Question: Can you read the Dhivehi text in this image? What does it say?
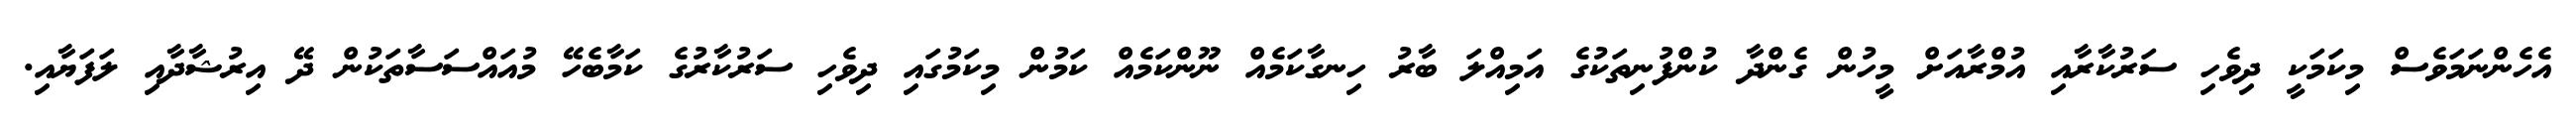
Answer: އެހެންނަމަވެސް މިކަމަކީ ދިވެހި ސަރުކާރާއި އުމްރާއަށް މީހުން ގެންދާ ކުންފުނިތަކުގެ އަމިއްލަ ބާރު ހިނގާކަމެއް ނޫންކަމެއް ކަމުން މިކަމުގައި ދިވެހި ސަރުކާރުގެ ކަމާބެހޭ މުއައްސަސާތަކުން ދޭ އިރުޝާދާއި ލަފަޔާއި.